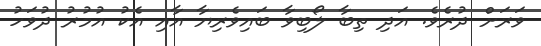
ވަރަށް ދުރެވެ. އަދި ތިބާ ލޯބިވާ ބައިވެރިޔާ އާއި އެކު އުމުރު ދުވަހު